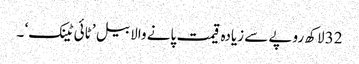
32 لاکھ روپے سے زیادہ قیمت پانے والا بیل ’ ٹائی ٹینک‘ ۔